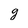
Character: g